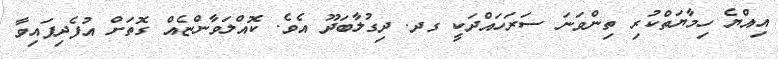
އިއްޔެ ހިމާޔަތްކުރި ތިންވަނަ ސަރަހައްދަކީ ގދ. ދިގުލާބަދޫ އެވެ. ކޮއްލަވާންޏެއް ގޮތަށް އުފެދިފައިވާ